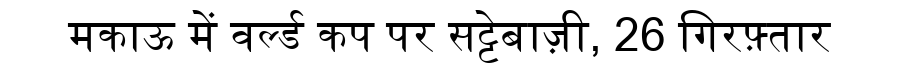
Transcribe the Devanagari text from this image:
मकाऊ में वर्ल्ड कप पर सट्टेबाज़ी, 26 गिरफ़्तार